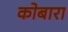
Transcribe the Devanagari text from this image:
कोबारा